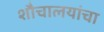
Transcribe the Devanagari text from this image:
शौचालयांचा